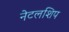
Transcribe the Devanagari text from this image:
नेटलशिप